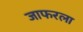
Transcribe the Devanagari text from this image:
जाफरला